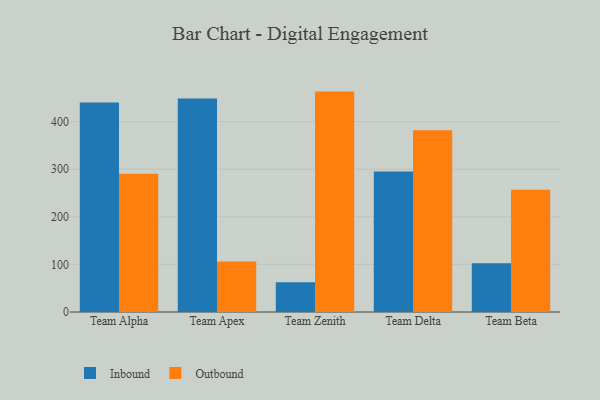
{"axis": {"x": "Team", "y": "Latency (ms)"}, "legend": ["Inbound", "Outbound"], "data": [{"x": "Team Alpha", "y": 440.2, "type": "Inbound"}, {"x": "Team Alpha", "y": 290.3, "type": "Outbound"}, {"x": "Team Apex", "y": 448.7, "type": "Inbound"}, {"x": "Team Apex", "y": 106.2, "type": "Outbound"}, {"x": "Team Zenith", "y": 62.3, "type": "Inbound"}, {"x": "Team Zenith", "y": 463.1, "type": "Outbound"}, {"x": "Team Delta", "y": 295.1, "type": "Inbound"}, {"x": "Team Delta", "y": 382.0, "type": "Outbound"}, {"x": "Team Beta", "y": 102.4, "type": "Inbound"}, {"x": "Team Beta", "y": 256.9, "type": "Outbound"}]}